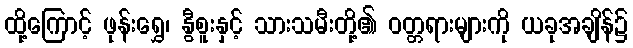
ထို့ကြောင့် ဖုန်းရွှေ၊ နွီစူးနှင့် သားသမီးတို့၏ ဝတ္တရားများကို ယခုအချိန်၌